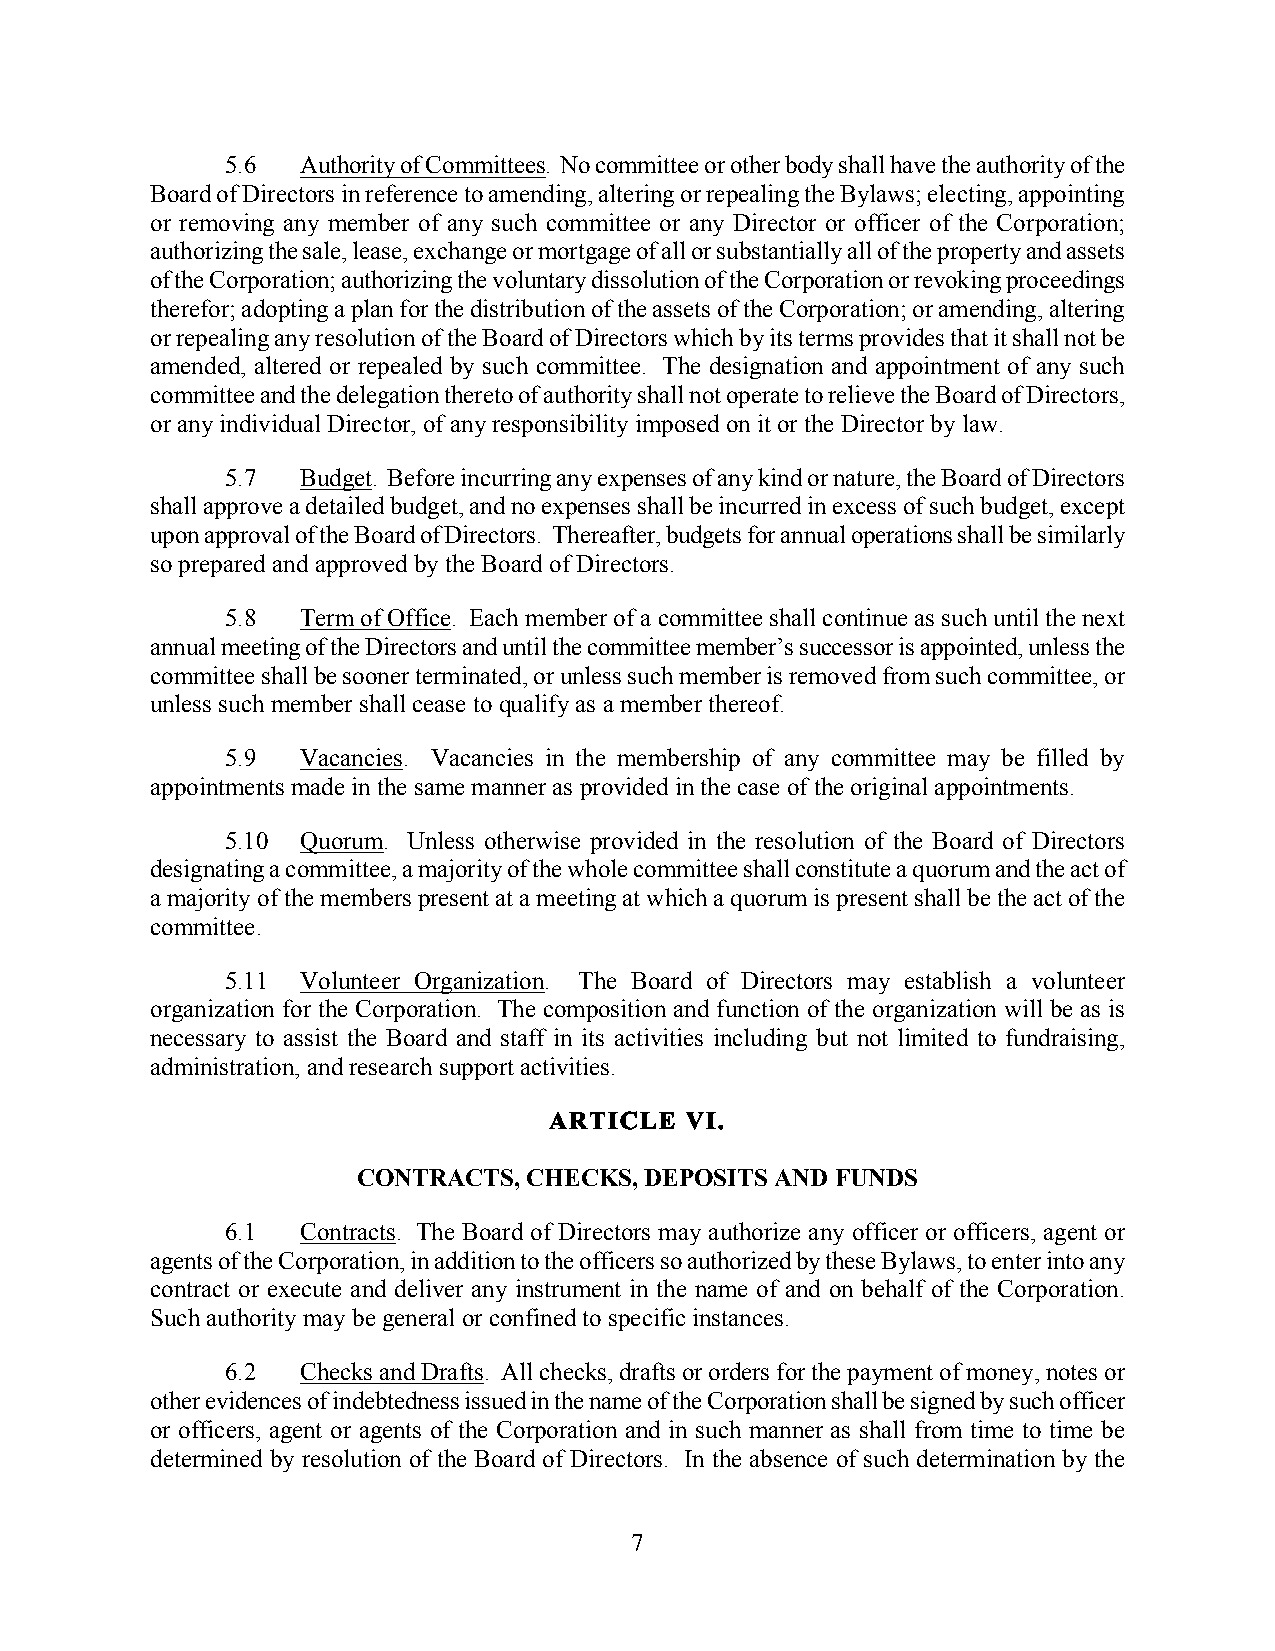
5.6  Authority of Committees. No committee or other body shall have the authority of the
 Board of Directors in reference to amending, altering or repealing the Bylaws; electing, appointing
 or removing any member of any such committee or any Director or officer of the Corporation;
 authorizing the sale, lease, exchange or mortgage of all or substantially all of the property and assets
 of the Corporation; authorizing the voluntary dissolution of the Corporation or revoking proceedings
 therefor; adopting a plan for the distribution of the assets of the Corporation; or amending, altering
 or repealing any resolution of the Board of Directors which by its terms provides that it shall not be
 amended, altered or repealed by such committee. The designation and appointment of any such
 committee and the delegation thereto of authority shall not operate to relieve the Board of Directors,
 or any individual Director, of any responsibility imposed on it or the Director by law.
 5.7  Budget. Before incurring any expenses of any kind or nature, the Board of Directors
 shall approve a detailed budget, and no expenses shall be incurred in excess of such budget, except
 upon approval of the Board of Directors. Thereafter, budgets for annual operations shall be similarly
 so prepared and approved by the Board of Directors.
 5.8  Term of Office. Each member of a committee shall continue as such until the next
 annual meeting of the Directors and until the committee member’s successor is appointed, unless the
 committee shall be sooner terminated, or unless such member is removed from such committee, or
 unless such member shall cease to qualify as a member thereof.
 5.9  Vacancies. Vacancies in the membership of any committee may be filled by
 appointments made in the same manner as provided in the case of the original appointments.
 5.10 Quorum. Unless otherwise provided in the resolution of the Board of Directors
 designating a committee, a majority of the whole committee shall constitute a quorum and the act of
 a majority of the members present at a meeting at which a quorum is present shall be the act of the
 committee.
 5.11 Volunteer Organization. The Board of Directors may establish a volunteer
 organization for the Corporation. The composition and function of the organization will be as is
 necessary to assist the Board and staff in its activities including but not limited to fundraising,
 administration, and research support activities.
 ARTICLE  VI.
 CONTRACTS, CHECKS, DEPOSITS AND FUNDS
 6.1  Contracts. The Board of Directors may authorize any officer or officers, agent or
 agents of the Corporation, in addition to the officers so authorized by these Bylaws, to enter into any
 contract or execute and deliver any instrument in the name of and on behalf of the Corporation.
 Such authority may be general or confined to specific instances.
 6.2  Checks and Drafts. All checks, drafts or orders for the payment of money, notes or
 other evidences of indebtedness issued in the name of the Corporation shall be signed by such officer
 or officers, agent or agents of the Corporation and in such manner as shall from time to time be
 determined by resolution of the Board of Directors. In the absence of such determination by the
 7